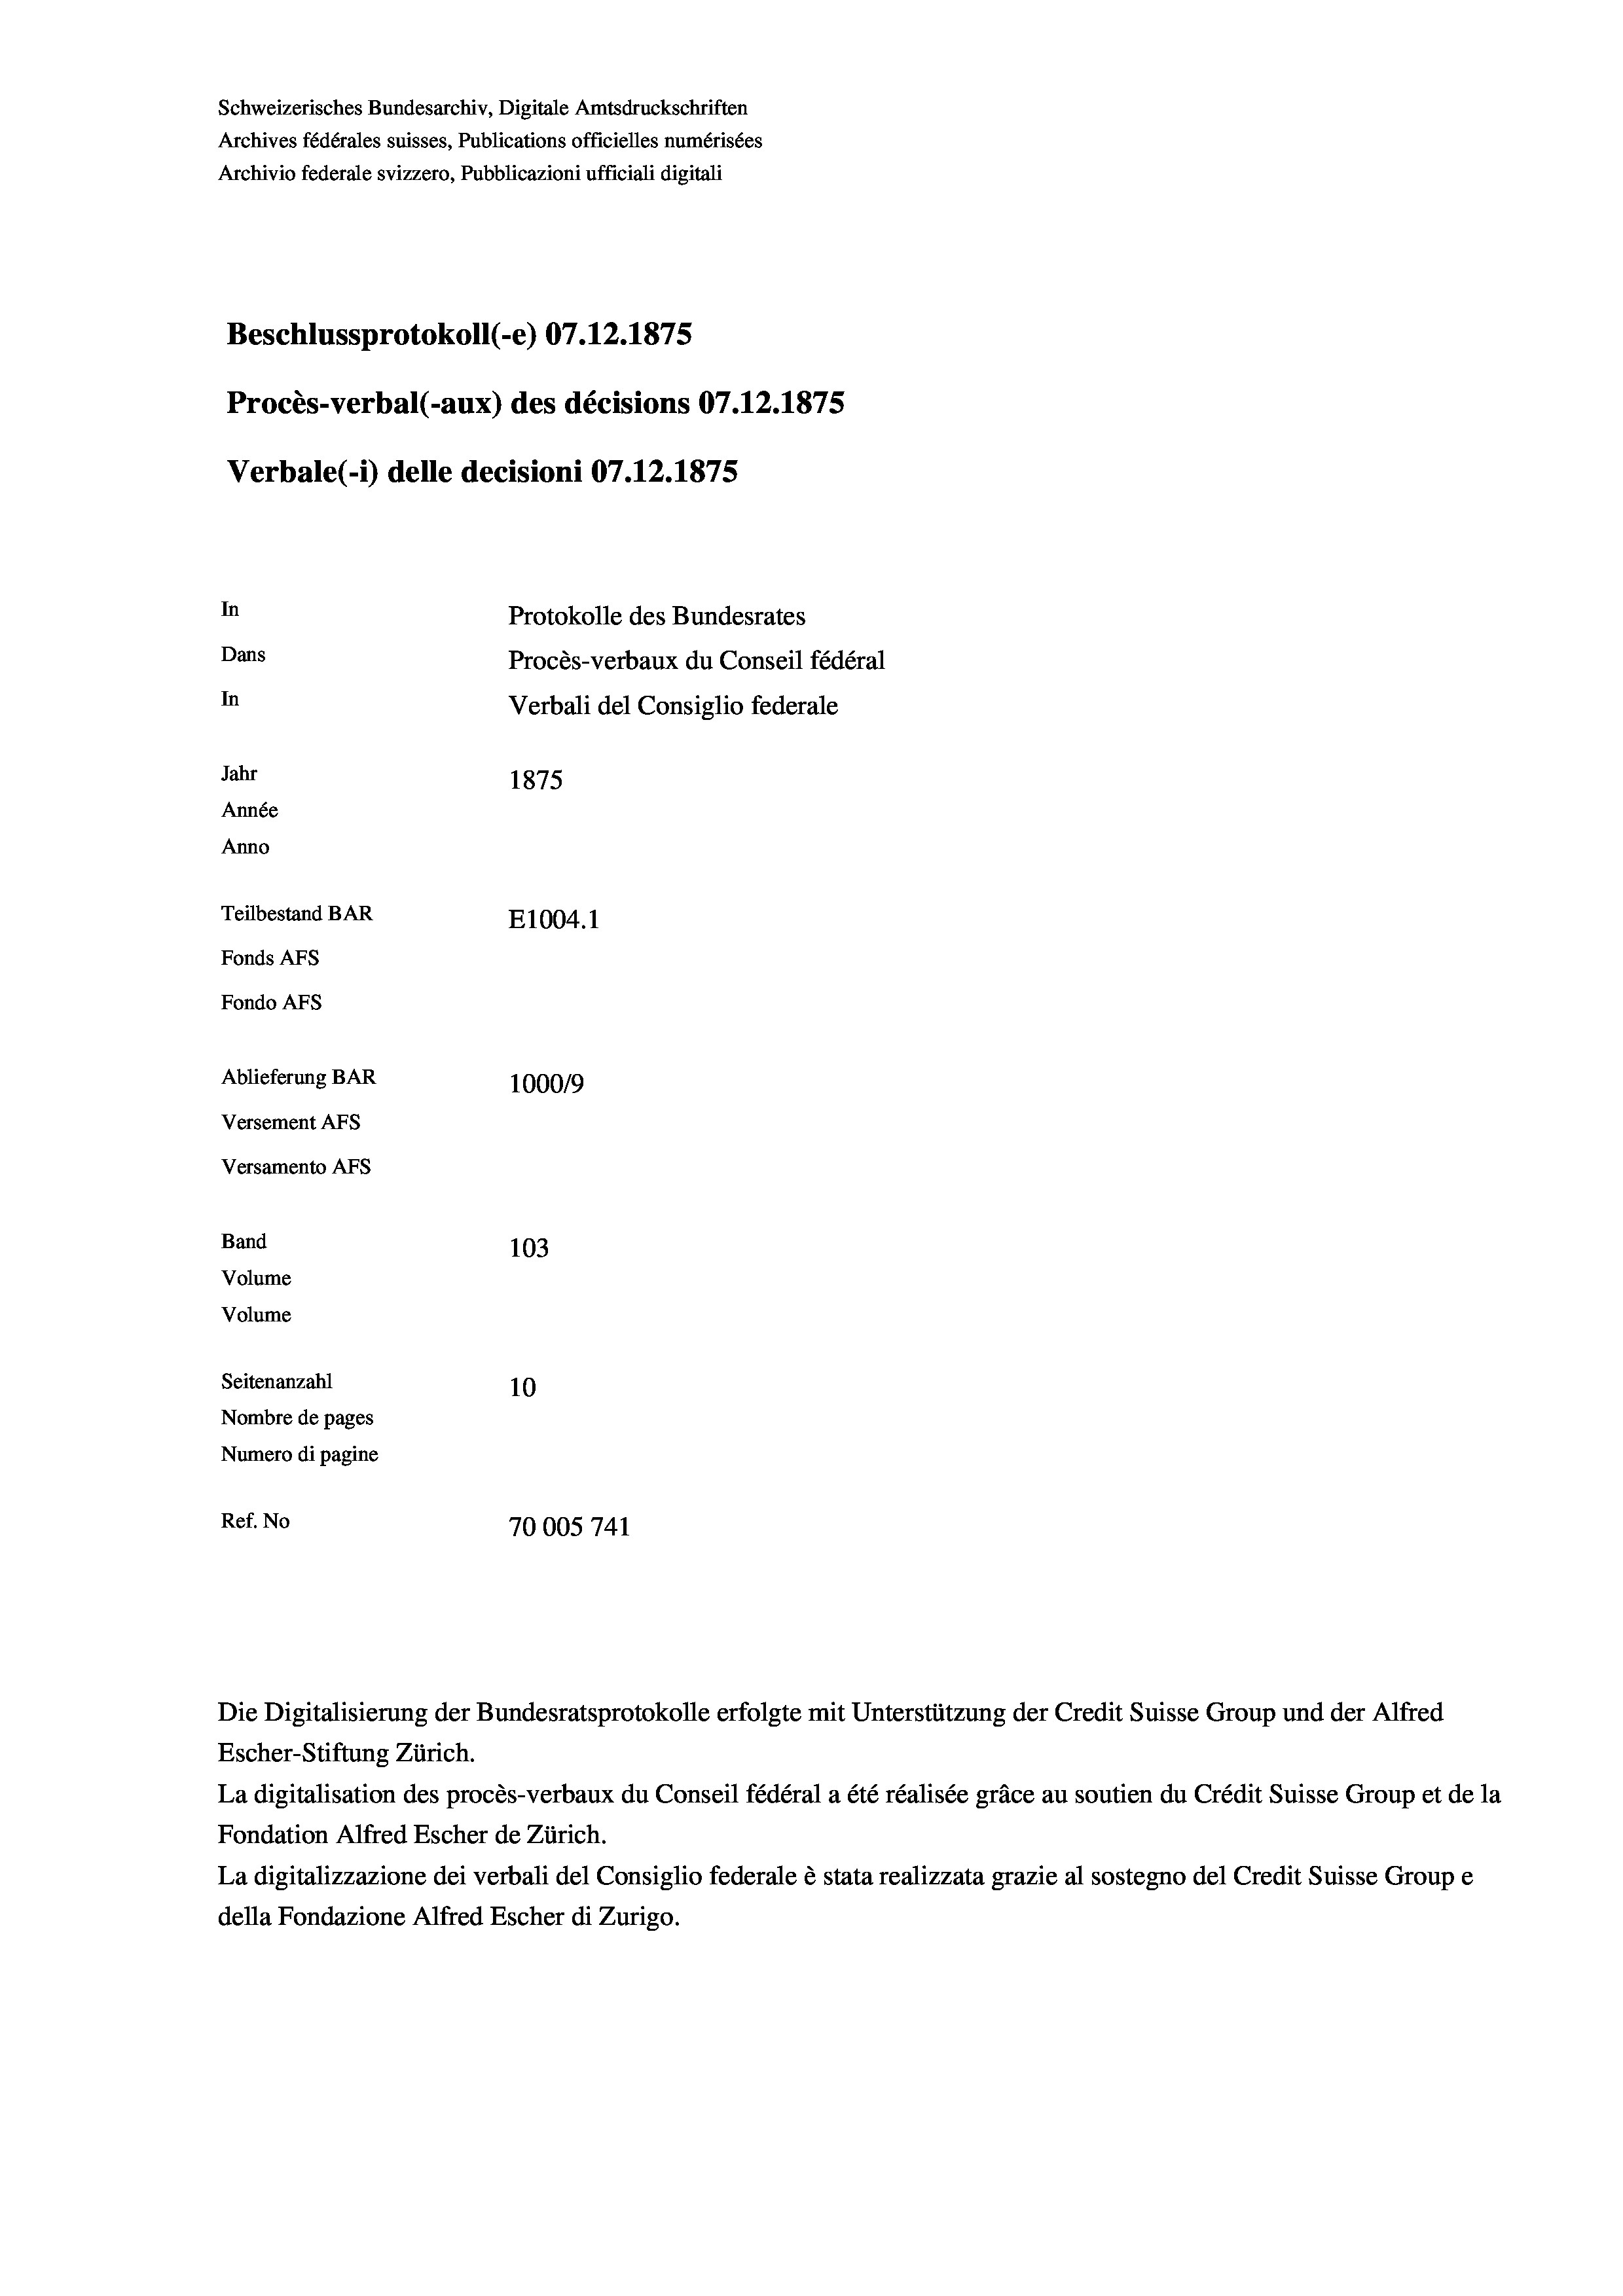
Schweizerisches Bundesarchiv, Digitale Amtsdruckschriften
Archives fédérales suisses, Publications officielles numérisées
Archivio federale svizzero, Pubblicazioni ufficiali digitali
Beschlussprotokoll (-e) 07.12.1875
Procès-verbal (-aux) des décisions 07.12.1875
Verbale(-*) delle decisioni 07.12.1875
In
Protokolle des Bundesrates
Dans
Procès-verbaux du Conseil fédéral
In
Verbali del Consiglio federale
Jahr
1875
Année
Anno
Teilbestand BAR
E1004.1
Fonds AFs
Fondo AFs
Ablieferung BAR
1000/9
Versement Abs
Versamento Afs
Band
103
Volume
Volume

Seitenanzahl
10
Nombre de pages
Numero di pagine
Ref. No
70005741

Die Digitalisierung der Bundesratsprotokolle erfolgte mit Unterstützung der Credit Suisse Group und der Alfred
Escher-Stiftung Zürich.
La digitalisation des procès-verbaux du Conseil fédéral a été réalisée gräce au soutien du Crédit Suisse Group et de la
Fondation Alfred Escher de Zürich.
La digitalizzazione dei verbali del Consiglio federale è stata realizzata grazie al sostegno del Credit Suisse Groupe
della Fondazione Alfred Escher di Zurigo.